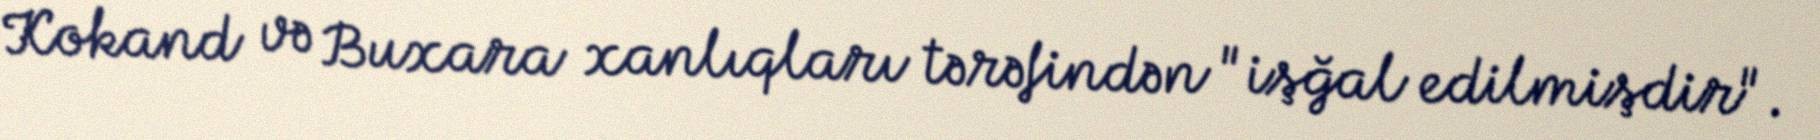
Kokand və Buxara xanlıqları tərəfindən "işğal edilmişdir".